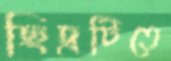
ছিদ্রটিতে